Annual report of the Punjab Veterinary College and of the Civil Veterinary Department, Punjab - 1926-1932
Year: 1926
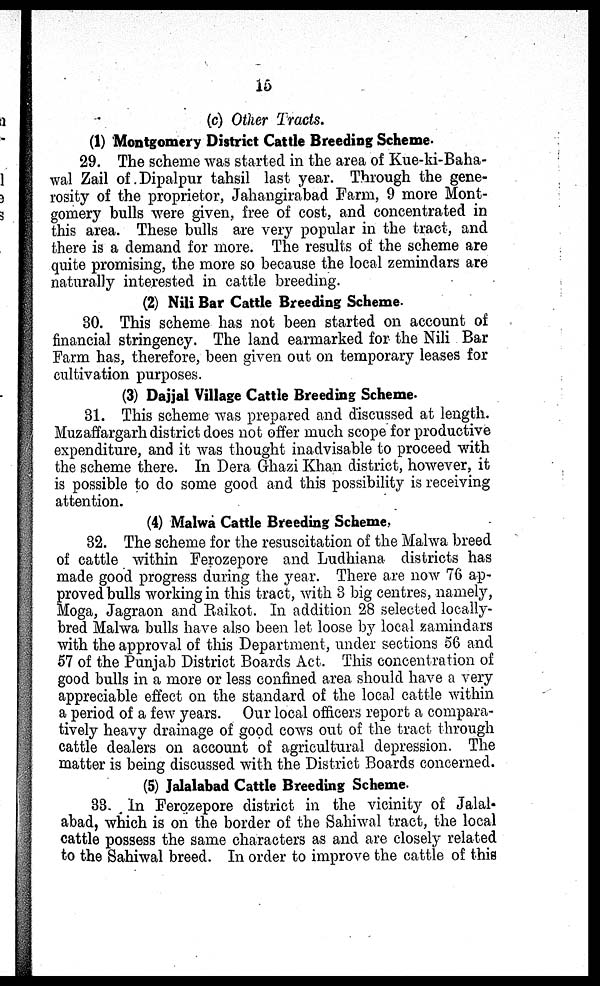
15
(c) Other Tracts.
(1) Montgomery District Cattle Breeding Scheme.
29. The scheme was started in the area of Kue-ki-Baha-
wal Zail of Dipalpur tahsil last year. Through the gene-
rosity of the proprietor, Jahangirabad Farm, 9 more Mont-
gomery bulls were given, free of cost, and concentrated in
this area. These bulls are very popular in the tract, and
there is a demand for more. The results of the scheme are
quite promising, the more so because the local zemindars are
naturally interested in cattle breeding.
(2) Nili Bar Cattle Breeding Scheme.
30. This scheme has not been started on account of
financial stringency. The land earmarked for the Nili Bar
Farm has, therefore, been given out on temporary leases for
cultivation purposes.
(3) Dajjal Village Cattle Breeding Scheme.
31. This scheme was prepared and discussed at length.
Muzaffargarh district does not offer much scope for productive
expenditure, and it was thought inadvisable to proceed with
the scheme there. In Dera Ghazi Khan district, however, it
is possible to do some good and this possibility is receiving
attention.
(4) Malwa Cattle Breeding Scheme,
32. The scheme for the resuscitation of the Malwa breed
of cattle within Ferozepore and Ludhiana districts has
made good progress during the year. There are now 76 ap-
proved bulls working in this tract, with 3 big centres, namely,
Moga, Jagraon and Raikot. In addition 28 selected locally-
bred Malwa bulls have also been let loose by local zamindars
with the approval of this Department, under sections 56 and
57 of the Punjab District Boards Act. This concentration of
good bulls in a more or less confined area should have a very
appreciable effect on the standard of the local cattle within
a period of a few years. Our local officers report a compara-
tively heavy drainage of good cows out of the tract through
cattle dealers on account of agricultural depression. The
matter is being discussed with the District Boards concerned.
(5) Jalalabad Cattle Breeding Scheme.
33. In Ferozepore district in the vicinity of Jalal-
abad, which is on the border of the Sahiwal tract, the local
cattle possess the same characters as and are closely related
to the Sahiwal breed. In order to improve the cattle of this